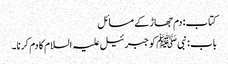
کتاب: دم جھاڑ کے مسائل
باب : نبیﷺ کو جبرئیل علیہ السلام کا دم کرنا۔